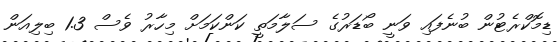
ޑިމޮކްރެޓުން ބުނެފައި ވަނީ ބޯޑަރުގެ ސަލާމަތީ ކަންކަމަށް މިހާރު ވެސް 1.3 ބިލިއަން